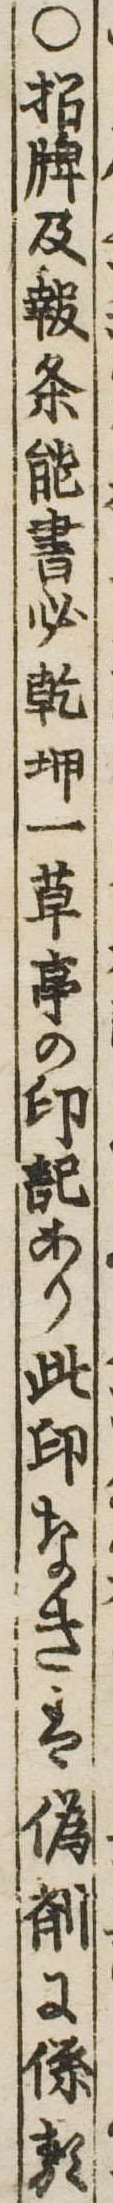
○招牌及報条能書必乾坤一草亭の印記あり此印なきは偽剤に係る